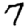
Digit: 7